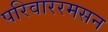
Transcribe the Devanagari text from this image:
परिवाररमसन